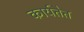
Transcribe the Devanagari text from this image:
कार्यतैत